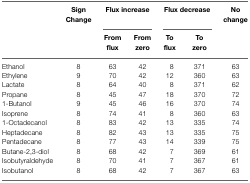
|  | Sign Change | <COLSPAN=2> Flux increase | <COLSPAN=2> Flux decrease | No change |
 |  |  | From flux | From zero | To flux | To zero |  |
 | --- | --- | --- | --- | --- | --- | --- |
 | Ethanol | 8 | 63 | 42 | 8 | 371 | 63 |
 | Ethylene | 9 | 70 | 42 | 12 | 360 | 63 |
 | Lactate | 8 | 64 | 40 | 8 | 371 | 62 |
 | Propane | 8 | 45 | 47 | 18 | 370 | 72 |
 | 1-Butanol | 9 | 45 | 46 | 16 | 370 | 74 |
 | Isoprene | 8 | 74 | 41 | 8 | 360 | 63 |
 | 1-Octadecanol | 8 | 83 | 42 | 13 | 335 | 74 |
 | Heptadecane | 8 | 82 | 43 | 13 | 335 | 75 |
 | Pentadecane | 8 | 77 | 43 | 14 | 339 | 75 |
 | Butane-2,3-diol | 8 | 68 | 42 | 7 | 369 | 61 |
 | Isobutyraldehyde | 8 | 70 | 41 | 7 | 367 | 61 |
 | Isobutanol | 8 | 68 | 42 | 7 | 367 | 63 |